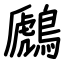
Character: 鷉